Annual report on the mental hospital in the Central Provinces and Berar (Nagpur) - 1927-1951
Year: 1927
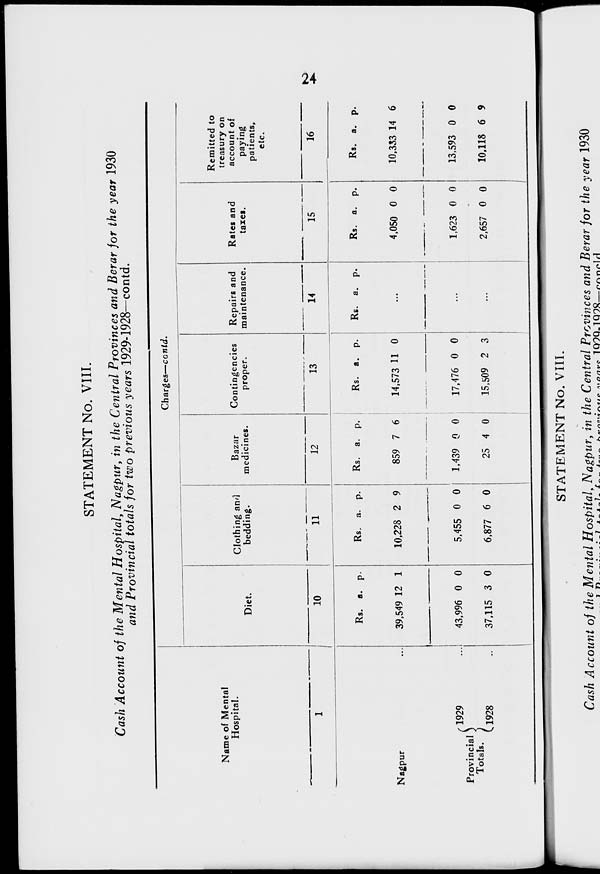
24
STATEMENT No. VIII.
Cash Account of the Mental Hospital, Nagpur, in the Central Provinces and Berar for the year 1930
and Provincial totals for two previous years 1929-1928—contd.
Name of Mental
Hospital.
1
Nagpur ...
Provincial
Totals.
1929 ...
1928 ...
Charges—contd.
Diet.
10
Rs.
39,549
43,996
37,115
a.
12
0
3
p.
1
0
0
Clothing and
bedding.
11
Rs.
10,228
5,455
6,877
a.
2
0
6
p.
9
0
0
Bazar
medicines.
12
Rs.
859
1,439
25
a.
7
0
4
p.
6
0
0
Contingencies
proper.
13
Rs.
14,573
17,476
15,509
a.
11
0
2
p.
0
0
3
Repairs and
maintenance.
14
Rs. a.
p.
...
...
...
Rates and
taxes.
15
Rs.
4,050
1,623
2,657
a.
0
0
0
p.
0
0
0
Remitted to
treasury on
account of
paying
patients,
etc.
16
Rs.
10,333
13,593
10,118
a.
14
0
6
p.
6
0
9